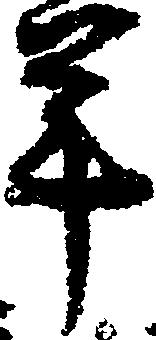
年